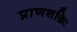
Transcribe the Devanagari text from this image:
प्राणशक्तिः